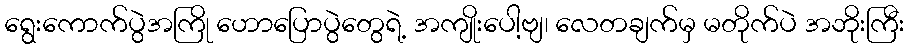
ရွေးကောက်ပွဲအကြို ဟောပြောပွဲတွေရဲ့ အကျိုးပေါ့ဗျ၊ လေတချက်မှ မတိုက်ပဲ အဘိုးကြီး